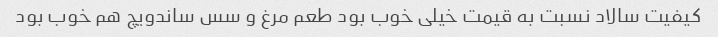
کیفیت سالاد نسبت به قیمت خیلی خوب بود طعم مرغ و سس ساندویچ هم خوب بود